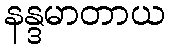
နန္ဒမာတာယ